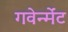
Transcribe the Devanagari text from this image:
गवेर्न्मेंट